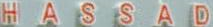
HASSAD